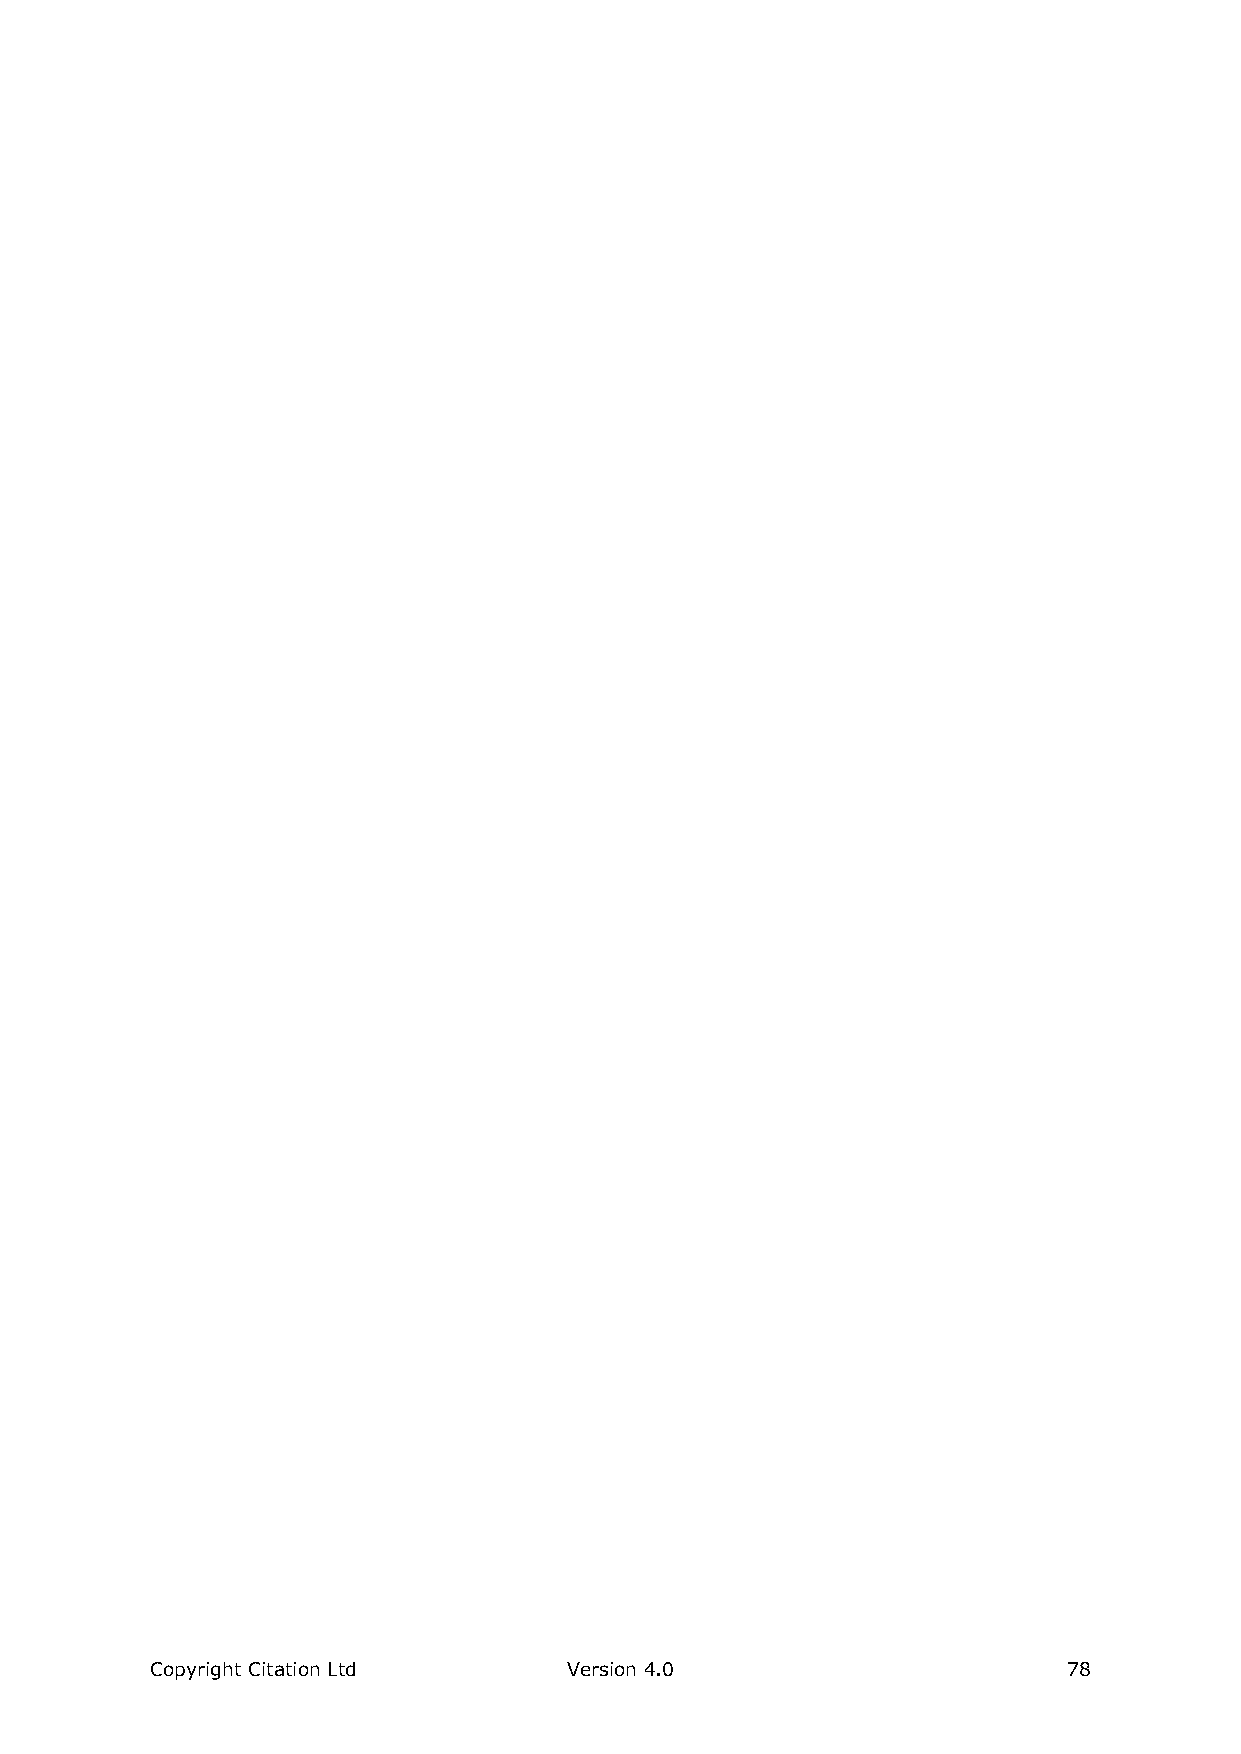
Copyright Citation Ltd      Version 4.0                      78